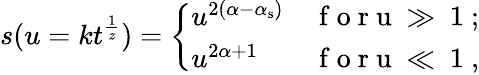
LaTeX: s(u=kt^{\frac{1}{z}})=\left\{ \begin{array}{ll}{u^{2(\alpha-\alpha_{\mathrm{s}})}}&{\mathrm{~f~o~r~u~\gg~1~};}\\ {u^{2\alpha+1}}&{\mathrm{~f~o~r~u~\ll~1~},}\end{array}\right.